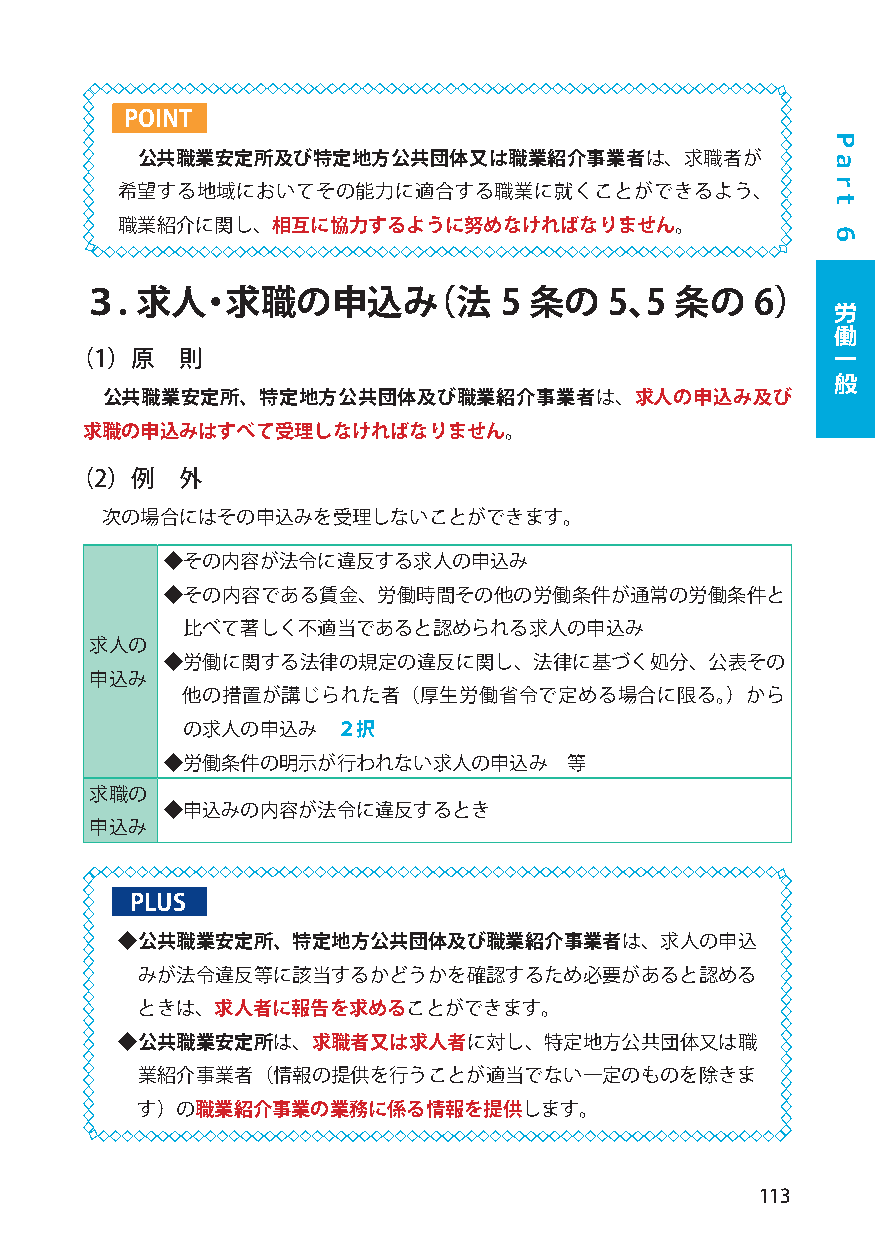
POINT
 公共職業安定所及び特定地方公共団体又は職業紹介事業者は、求職者が
 希望する地域においてその能力に適合する職業に就くことができるよう、
 職業紹介に関し、相互に協力するように努めなければなりません。
 ３.  求人・求職の申込み（法             5 条の   5、5  条の   6）   労
 働
 （1）原   則                                          一
 般
 公共職業安定所、特定地方公共団体及び職業紹介事業者は、求人の申込み及び
 求職の申込みはすべて受理しなければなりません。
 （2）例   外
 次の場合にはその申込みを受理しないことができます。
 ◆その内容が法令に違反する求人の申込み
 ◆その内容である賃金、労働時間その他の労働条件が通常の労働条件と
 比べて著しく不適当であると認められる求人の申込み
 求人の
 ◆労働に関する法律の規定の違反に関し、法律に基づく処分、公表その
 申込み
 他の措置が講じられた者（厚生労働省令で定める場合に限る。）から
 の求人の申込み   ２択
 ◆労働条件の明示が行われない求人の申込み       等
 求職の
 ◆申込みの内容が法令に違反するとき
 申込み
 PLUS
 ◆公共職業安定所、特定地方公共団体及び職業紹介事業者は、求人の申込
 みが法令違反等に該当するかどうかを確認するため必要があると認める
 ときは、求人者に報告を求めることができます。
 ◆公共職業安定所は、求職者又は求人者に対し、特定地方公共団体又は職
 業紹介事業者（情報の提供を行うことが適当でない一定のものを除きま
 す）の職業紹介事業の業務に係る情報を提供します。
 113
 P
 a
 r
 t
 6